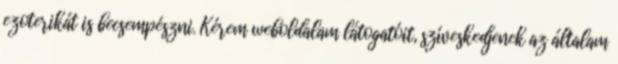
ezoterikát is becsempészni. Kérem weboldalam látogatóit, szíveskedjenek az általam